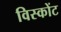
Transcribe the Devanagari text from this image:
विस्कोंट